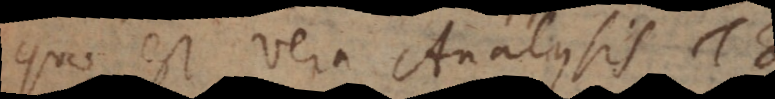
Quae est vera Analysis του